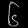
Digit: ၆